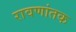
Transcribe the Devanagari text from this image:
रावणांतक